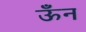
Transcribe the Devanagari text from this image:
ऊँन